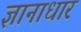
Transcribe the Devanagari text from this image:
ज्ञानाधार